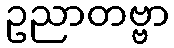
ဥညာတဗ္ဗာ